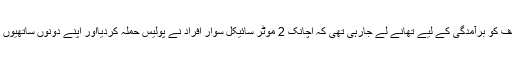
بدھ کو تھانہ پتوکی کے علاقے جاگو والا کی حدود میں پولیس زیر حراست 2 ملزمان جہانگیر اور کاشف کو برآمدگی کے لیے تھانے لے جارہی تھی کہ اچانک 2 موٹر سائیکل سوار افراد نے پولیس حملہ کردیااور اپنے دونوں ساتھیوں کو چھڑا کر لے جانے میں کامیاب ہوگئے جبکہ اہلکاروں سے سرکاری اسلحہ بھی چھین کر لے گئے۔